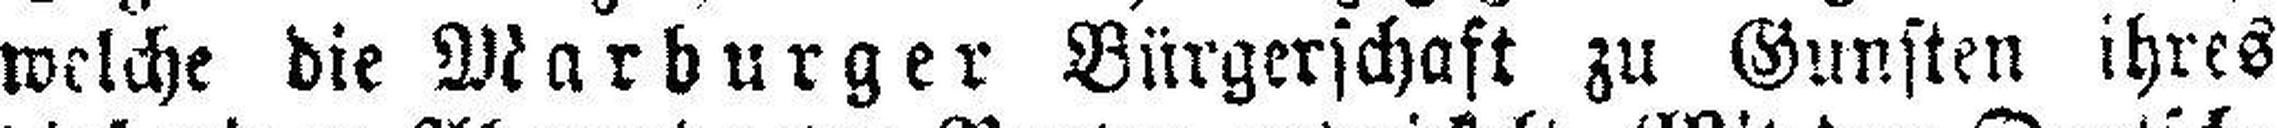
welche die Marburger Bürgerschaft zu Gunsten ihres